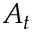
A _ { t }